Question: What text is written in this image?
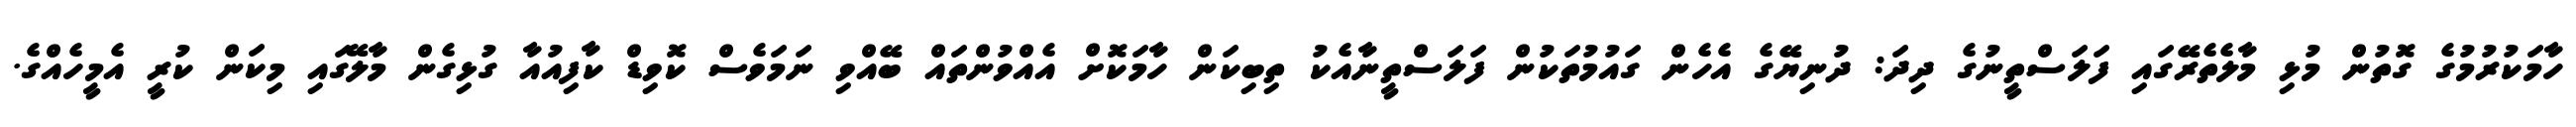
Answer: ހާމަކުރުމުގެ ގޮތުން މުޅި މާލެތެރޭގައި ފަލަސްތީނުގެ ދިދަ: ދުނިޔޭގެ އެހެން ގައުމުތަކުން ފަލަސްތީނާއެކު ތިބިކަން ހާމަކޮށް އެއްވުންތައް ބޭއްވި ނަމަވެސް ކޮވިޑް ކާފިއުއާ ގުޅިގެން މާލޭގައި މިކަން ކުރީ އެމީހެއްގެ.